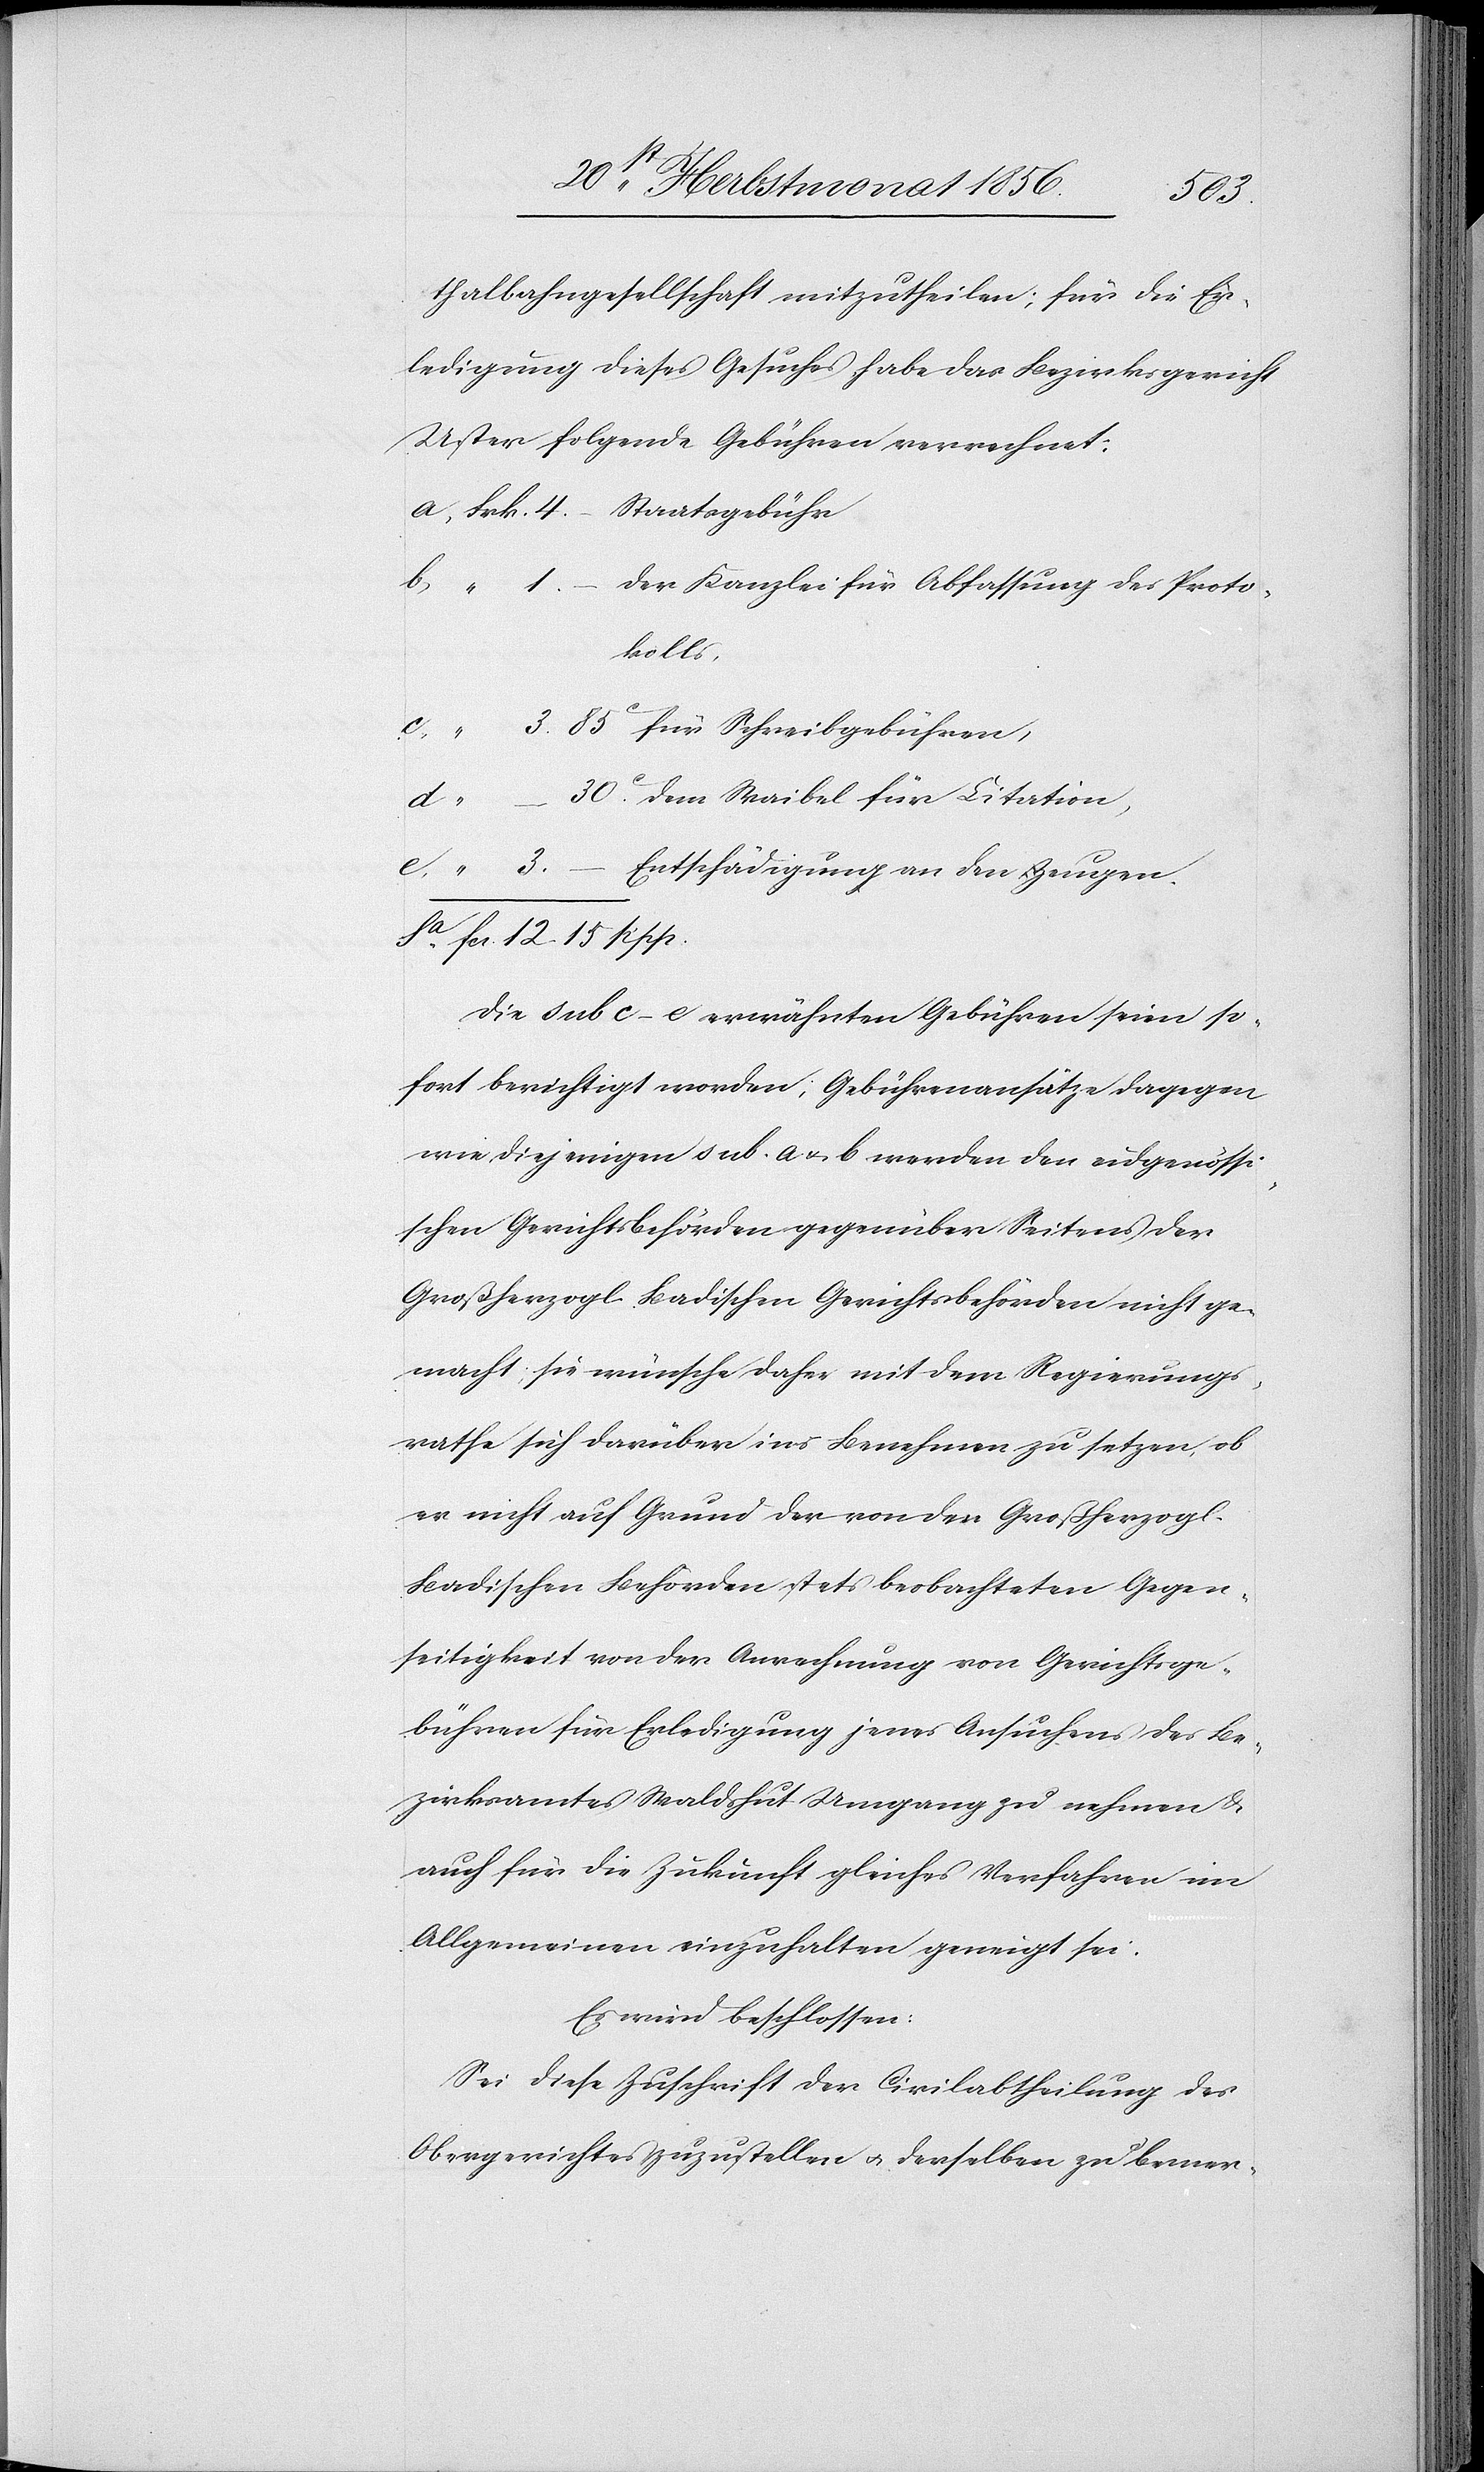
thalbahngesellschaft mitzutheilen; für die Er¬
ledigung dieses Gesuches habe das Bezirksgericht
Uster folgende Gebühren verrechnet:
a) Frk. 4.– Staatsgebühr
b) “ 1.– der Kanzlei für Abfassung des Proto¬
kolls,
“
3. 85 für Schreibgebühren,
“ _ 30 dem Waibel für Citation,
e) “ 3.– Entschädigung an den Zeugen.
Sa fcs. 12. 15 Rpp.
Die sub c–e erwähnten Gebühren seien so¬
fort berichtigt worden; Gebührenansätze dagegen
wie diejenigen sub. a u. b werden den eidgenössi¬
schen Gerichtsbehörden gegenüber Seitens der
Großherzogl. Badischen Gerichtsbehörden nicht ge¬
macht; sie wünsche daher mit dem Regierungs¬
rathe sich darüber ins Benehmen zu setzen, ob
er nicht auf Grund der von den Großherzogl.
Badischen Behörden stets beobachteten Gegen¬
seitigkeit von der Anrechnung von Gerichtsge¬
bühren für Erledigung jenes Ansuchens des Be¬
zirksamtes Waldshut Umgang zu nehmen &
auch für die Zukunft gleiches Verfahren im
Allgemeinen einzuhalten geneigt sei.
Es wird beschlossen:
Sei diese Zuschrift der Civilabtheilung des
Obergerichtes zuzustellen u. derselben zu bemer-